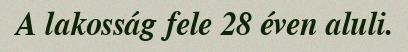
A lakosság fele 28 éven aluli.